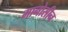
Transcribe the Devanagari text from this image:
मानोसीन